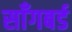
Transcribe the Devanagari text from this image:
साँगबर्ड